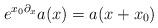
LaTeX: \begin{align*} e^{x_0\partial_x}a(x)=a(x+x_0)\end{align*}